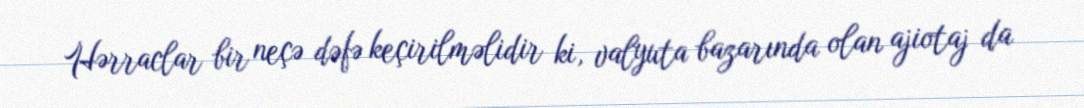
Hərraclar bir neçə dəfə keçirilməlidir ki, valyuta bazarında olan ajiotaj da